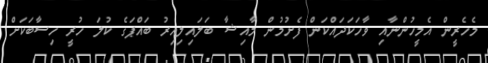
މެހެރީން އެމީހުންނާއި ވާހަކަދައްކަން ފެށުމުން މާއިޝާ ބަލައިލިއިރު ބައްޕަގެ ކުލަ ހުރީ ހިސާބަކަށް